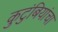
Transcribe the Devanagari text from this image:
कुटुंबियांचा